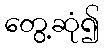
တွေ့ဆုံ၍